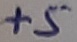
Text: +5